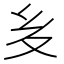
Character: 𭐟